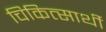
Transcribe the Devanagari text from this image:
चिकित्सार्थी